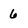
Character: 6